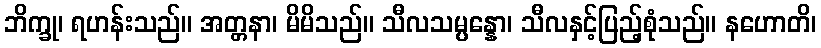
ဘိက္ခု၊ ရဟန်းသည်။ အတ္တနာ၊ မိမိသည်။ သီလသမ္ပန္နော၊ သီလနှင့်ပြည့်စုံသည်။ နဟောတိ၊